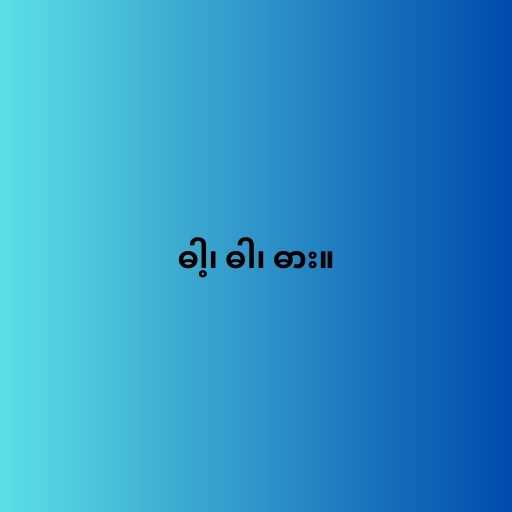
ဓါ့၊ ဓါ၊ ဓား။